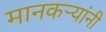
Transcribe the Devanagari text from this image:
मानकऱ्यांनी